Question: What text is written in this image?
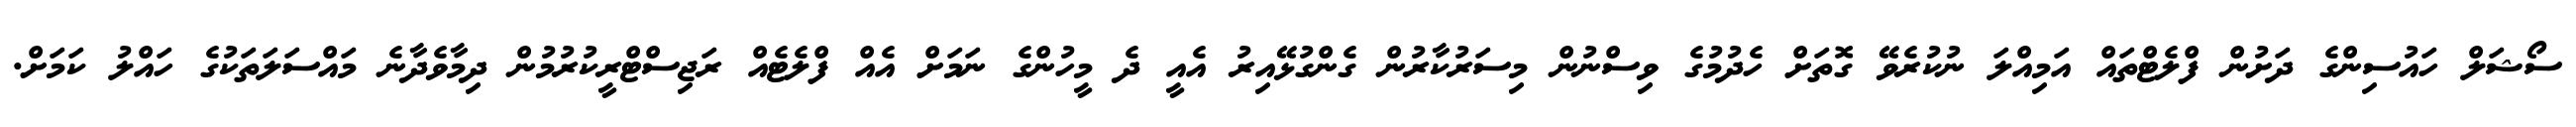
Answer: ސޯޝަލް ހައުސިންގެ ދަށުން ފްލެޓްތައް އަމިއްލަ ނުކުރެވޭ ގޮތަށް ހެދުމުގެ ވިސްނުން މިސަރުކާރުން ގެންގުޅޭއިރު އެއީ ދެ މީހުންގެ ނަމަށް އެއް ފްލެޓެއް ރަޖިސްޓްރީކުރުމުން ދިމާވެދާނެ މައްސަލަތަކުގެ ހައްލު ކަމަށް.